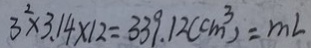
3 ^ { 2 } \times 3 . 1 4 \times 1 2 = 3 3 9 . 1 2 ( c m ^ { 3 } ) = m L